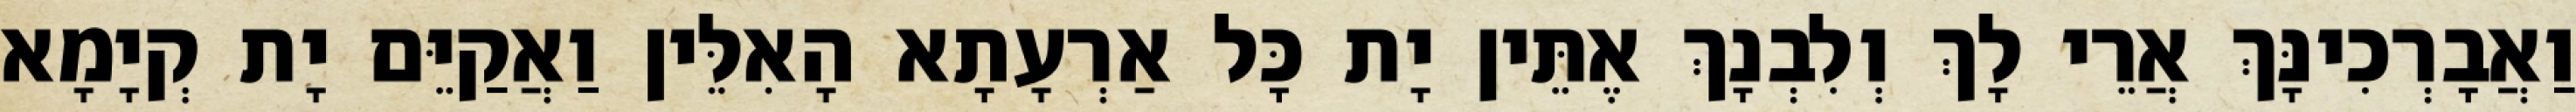
וַאֲבָרְכִינָּךְ אֲרֵי לָךְ וְלִבְנָךְ אֶתֵּין יָת כָּל אַרְעָתָא הָאִלֵּין וַאֲקַיֵּם יָת קְיָמָא